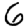
Digit: 6